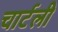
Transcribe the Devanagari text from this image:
चार्टली